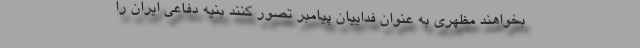
بخواهند مظهری به عنوان فداییان پیامبر تصور کنند بنیه دفاعی ایران را